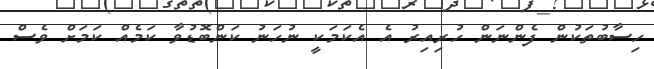
ހިސާބުތަކުން ފެންނަން ހުރިއިރު އެ އެކަމަކީ ނުހަނު ކަންބޮޑުވާ ކަމެއް ކަމަށް ވެސް